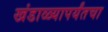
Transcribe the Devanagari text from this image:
खंडाळ्यापर्यंतचा